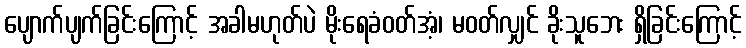
ပျောက်ပျက်ခြင်းကြောင့် အခါမဟုတ်ပဲ မိုးရေခံဝတ်အံ့၊ မဝတ်လျှင် ခိုးသူဘေး ရှိခြင်းကြောင့်